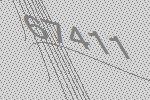
67411